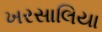
ખરસાલિયા